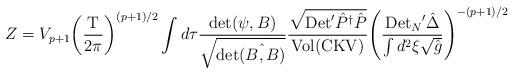
LaTeX: \begin{align*}Z={V_{p+1}}{{\left({{\mbox{T}}\over{2\pi}}\right)}^{(p+1)/2}}\int d\tau{{\mbox{det}(\psi,B)}\over{\sqrt{\mbox{det}\hat{(B,B)}}}}{{\sqrt{\mbox{Det}'{\hat{P}^\dagger}\hat{P}}}\over{\mbox{Vol}(\mbox{CKV})}}{{\left({{{\mbox{Det}_N}'\hat{\Delta}}\over{\int{d^2}\xi\sqrt{\hat{g}}}}\right)}^{-(p+1)/2}}\end{align*}